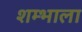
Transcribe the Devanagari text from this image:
शम्भाला